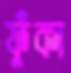
ফুঁকা